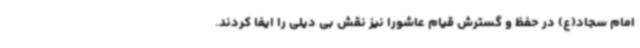
امام سجاد(ع) در حفظ و گسترش قیام عاشورا نیز نقش بی دیلی را ایفا کردند.